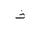
Letter: _tha